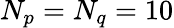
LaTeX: N_{p}=N_{q}=10